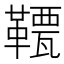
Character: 𩌯